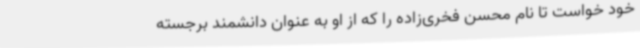
خود خواست تا نام محسن فخری‌زاده را که از او به عنوان دانشمند برجسته